Medical and sanitary report of the native army of Bengal for the year
Year: 1875
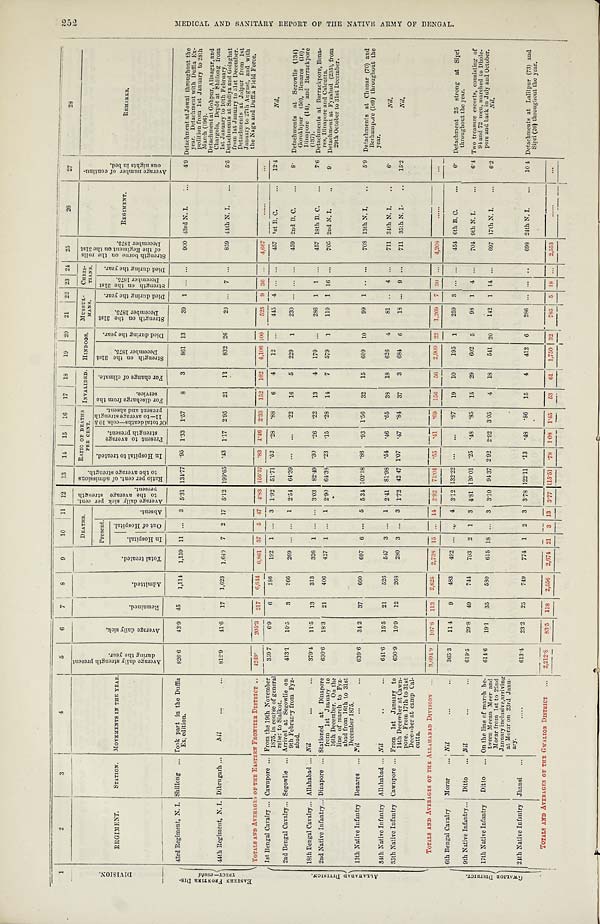
1
2
3
4
5
6
7
8
9
10 11 12 13 14 15 16 17 18 19 20 21 22 23 24 25
26
27
28
D I V I S I O N .
RRGIMENT.
STATION. MOVEMENTS IN THE YEAR.
A v e r a g e d a i l y s t r e n g t h p r e s e n t
d u r i n g t h e y e a r .
A v e r a g e d a i l y s i c k .
R e m a i n e d .
A d m i t t e d .
T o t a l t r e a t e d .
DEATHS.
A v e r a g e d a i l y s i c k p e r c e n t .
t o t h e a v e r a g e s t r e n g t h
p r e s e n t .
R a t i o p e r c e n t . o f a d m i s s i o n s
t o t h e a v e r a g e s t r e n g t h .
R A T I O O F D E A T H S
PER CENT.
INVALIDED. HINDOOS. MUSSUL- MANS. CHRIS-
TIANS.
S t r e n g t h b o r n e o n t h e r o l l s
o f t h e R e g i m e n t o n t h e 3 1 s t
De c e mb e r 1 8 7 5 .
REGIMENT.
A v e r a g e n u m b e r o f c o n t i n u -
o u s n i g h t s i n b e d .
REMARKS.
Present.
A b s e n t .
I n H o s p i t a l t o t r e a t e d .
P r e s e n t t o a v e r a g e
s t r e n g t h p r e s e n t .
O f t o t a l d e a t h s — c o l s . 1 0 &
1 1 — t o a v e r a g e s t r e n g t h
p r e s e n t a n d a b s e n t . F o r d i s c h a r g e f r o m t h e
s e r v i c e .
F o r c h a n g e o f c l i m a t e . S t r e n g t h o n t h e 3 1 s t
D e c e m b e r 1 8 7 5 .
D i e d d u r i n g t h e y e a r . S t r e n g t h o n t h e 3 1 s t
D e c e m b e r 1 8 7 5 .
D i e d d u r i n g t h e y e a r .
S t r e n g t h o n t h e 3 1 s t
D e c e m b e r 1 8 7 5 . D i e d d u r i n g t h e y e a r .
I n H o s p i t a l .
O u t o f H o s p i t a l .
E AS T E R N F R ONT I E R DI S -
TRI CT—cont d
43rd Regiment, N. I. Shillong ...Took part in the Duffla
Expedition.
826.6 43.9 45 1,114 1,159 11 ... 3 5.31 134.77 . 9 5 1.33 1.57 8 3 861 13
39 1 ... ... 900 43rd N. I.
. . .
4.9 Detachment at Jowai throughout the
year. Detachment with Duffla Ex-
pedition from 1st January to 28th
March (196).
De t a c hme nt a t Gohpur , Al i na ga r , a nd
Chargola, Depôt at Shillong from
1st January to 10th February.
44th Regiment, N. I. Dibrugarh ... Nil
. . .
...
812.9
41.6 17 1,623 1.640 7 2 17 5.12 199.65 . 4 3 1.17 2.95 21 12
8 3 2 26
20
... 7 ...
859 44th N. I. ... 5.5 Detachments at Sadiya and Golaghat
from 1st January to 31st December.
Det achment s at Jai pur from 1st
January to 27th August, and with
the Naga and Duffla Field Force.
TOTALS AND AVERAGES OF THE EAS TERN F RONTI ER DI S TRI CT
.. 4249. 205.3 217 6,644 6,861 57 5 47 4.83 156.37 .83 1.46 2.33 152 102 4,106 100 525 9 36 ... 4,667
......
...
A L L A H A B A D D I V I S I O N .
1st Bengal Cavalry ... Cawnpore ... From the 19th November
1875, in course of general
relief to Sialkot.
359.7 6.9 6 186 192 1 ... 3 1.92 51.71 . 52 .28 .88 6 4 12 ... 445 4 ... ... 457 1st B. C. ... 12.4
Nil.
2nd Bengal Cavalry ...
Segowlie ... Arrived at Segowlie on
9th February from Fyz-
abad.
413.1 10.5 3
2 6 6 269 ... ... 1 2.54 64.39 ... ... .22 16 5 229 1 230 ... ... ... 459 2nd B. C. ...
8 . Detachments at Segowlie (134)
Gorokhpur (50), Benares (16),
Dinapore (14), and Barrackpor
e (137).
18th Bengal Cavalry ... Allahabad ... Nil
. . .
. . .
379.4 11.5 13 313 326 1 ... . . . 3.03 82.49 . 3 0 .26 .22 13 4 170 ... 286 1 1 ... 457 18th B. C. ...
7.6 Detachments at Barrackpore, Bena-
res, Dinapore and Calcutta.
2nd Native Infantry
...
Dinapore ... Stationed at Dinapore
from 1st January to
16th December. On the
line of march to Fyz-
abad from 16th to 31st
December 1875.
630.6 18.3 21 406 427 1 ... 1 2.90 64.38 . 2 3 .15 .28 14 7 579 1 110 1 16 ... 705 2nd N. I.
..
9. Detachment at Fyzabad (235), from
29th October to 31st December.
13th Native Infantry Benares ... Nil
. . .
...
639.6 34.2 37 660 697 6 ... 5 5.34 103.18 . 86 .93 1.56 32 15 609 10
99 1 .. ... 708 13th N. I. ..
5.9 Detachments at Chunar (70) and
Berhampore (169) throughout the
year.
34th Native Infantry Allahabad ... Nil
. . .
. . .
641.6 15.5 21 526 547 3 ... 1 2.41 81.98 . 5 4 .46 .65 38 18 626 4
81 .. 4 ... 711 34th N. I. ..
6.
Nil.
35th Native Infantry Cawnpore ... From 1st January to
14th December at Cawn-
pore. From 17th to 31st
December at camp Cal-
cutta.
630.9 10.9 12 268 280 3 ... 3 1.72 42.47 1.07 .47 .84 37 3 684 6
18 ... 9 ... 711 35th N. I. .. 15.2
Nil.
TOTALS AND AVERAGES OF THE ALLAHABAD DIVISION ... 3,694.9 107.8 113 2,625 2,738 15 ... 14 2.92 71.04 . 5 5 .41 .69 156 56 2,909 22 1,269 7 30 ... 4,208
......
. . .
G W A L I O R D I S T R I C T .
6th Bengal Cavalry Morar ... Nil
...
... 365.3 114 9 483 492 ... ... 4 3.12 132.22 ... . . . .87 19 10 195 1 259 3 ... ... 454 6th B. C. ...
6. Detachment 25 strong at Sipri
throughout the year.
9th Native Infantry... Ditto ...Nil
. . .
. . . 619.5 29.8 49 744 793 2 1 3 4.81 120.01 . 2 5 .48 .85 15 29 602 5
98 1 4 ... 704 9th N. I.
...
6.4 Two treasure escorts, consisting of
94 and 72 men, marched to Dhole-
pore and back in July and October.
17th Native Infantry Ditto ... On the line of march be-
tween Meean Meer and
Morar from 1st to 22nd
January inclusive, arriving
at Morar on 23rd Janu-
ary.
614.6 19.1 35 580 615 18
...
3 3.10 94.37 2.92 2.92 3.05 4 18 541 20 142 1 14 ... 697 17th N. I. ...
6.2
Nil.
24th Native Infantry Jhansi ...
. . . . .
613.4 23.2 25 749 774 1 2 3 3.78 122.11 . 13 .48 .86 15 4 412 6 286 ... ... ..
698 24th N. I. ... 10.4 Detachments at Lalitpur (73) and
Sipri (26) throughout the year.
TOTALS AND AVERAGES OF THE GWALIOR DISTRICT ... 2,212.8 83.5 118 2,556 2,674 21 3 13 3.77 115.51 . 78 1.08 1.45 53 61 1,750 32 785 5 18
... 2,553
......
. . .
252 MEDICAL AND SANITARY REPORT OF THE NATIVE ARMY OF BENGAL.